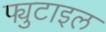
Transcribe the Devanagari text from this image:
फ्युटाइल